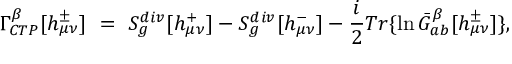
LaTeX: \Gamma _ { C T P } ^ { \beta } [ h _ { \mu \nu } ^ { \pm } ] \ = \ S _ { g } ^ { d i v } [ h _ { \mu \nu } ^ { + } ] - S _ { g } ^ { d i v } [ h _ { \mu \nu } ^ { - } ] - { \frac { i } { 2 } } T r \{ \ln \bar { G } _ { a b } ^ { \beta } [ h _ { \mu \nu } ^ { \pm } ] \} ,